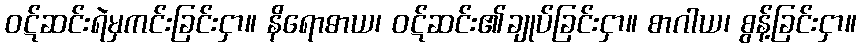
ဝဋ်ဆင်းရဲမှကင်းခြင်းငှာ။ နိရောဓာယ၊ ဝဋ်ဆင်း၏ချုပ်ခြင်းငှာ။ စာဂါယ၊ စွန့်ခြင်းငှာ။